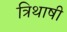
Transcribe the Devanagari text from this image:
त्रिथाषी